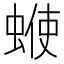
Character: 𧍇